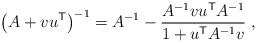
LaTeX: \begin{align*}\left( A + v u^{\sf T} \right)^{-1} =A^{-1} - \frac{A^{-1} v u^{\sf T} A^{-1}}{1 + u^{\sf T} A^{-1} v} \;,\end{align*}